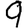
Digit: 9